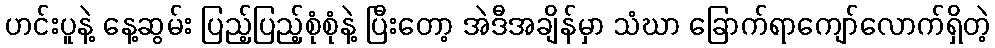
ဟင်းပူနဲ့ နေ့ဆွမ်း ပြည့်ပြည့်စုံစုံနဲ့ ပြီးတော့ အဲဒီအချိန်မှာ သံဃာ ခြောက်ရာကျော်လောက်ရှိတဲ့